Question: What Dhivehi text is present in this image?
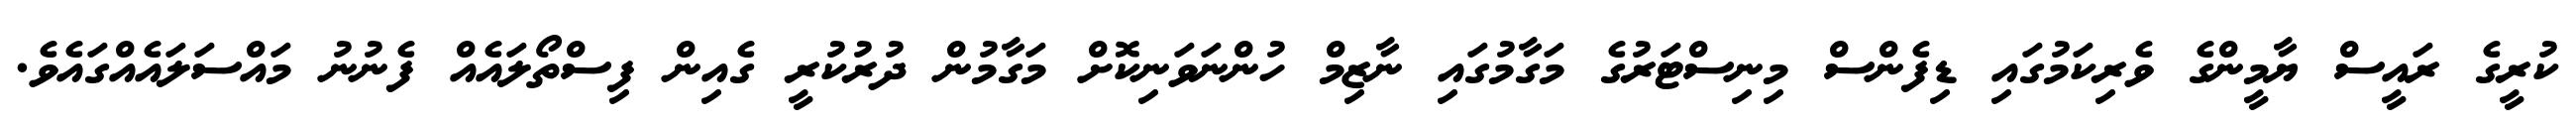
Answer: ކުރީގެ ރައީސް ޔާމީންގެ ވެރިކަމުގައި ޑިފެންސް މިނިސްޓަރުގެ މަގާމުގައި ނާޒިމް ހުންނަވަނިކޮށް މަގާމުން ދުރުކުރީ ގެއިން ފިސްތޯލައެއް ފެނުނު މައްސަލައެއްގައެވެ.